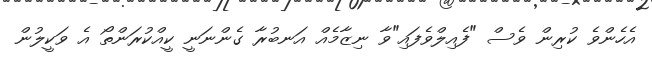
އެހެންވެ ކުރިން ވެސް "ފެއިލްވެފައި"ވާ ނިޒާމެއް އަނބުރާ ގެންނަނީ ކީއްކުރަންތޯ އެ ވަކީލުން